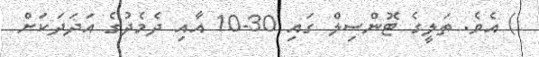
) އެވެ. ތަލީގެ ޓޮންސިލް ގައި 30-10 އާއި ދެމެދުގެ އަދަދަކަށް